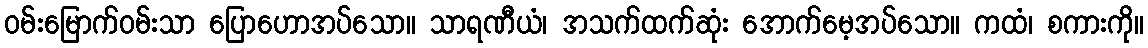
ဝမ်းမြောက်ဝမ်းသာ ပြောဟောအပ်သော။ သာရဏီယံ၊ အသက်ထက်ဆုံး အောက်မေ့အပ်သော။ ကထံ၊ စကားကို။